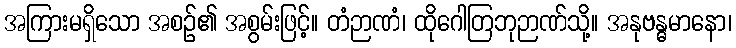
အကြားမရှိသော အစဉ်၏ အစွမ်းဖြင့်။ တံဉာဏံ၊ ထိုဂေါတြဘုဉာဏ်သို့။ အနုဗန္ဓမာနော၊